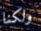
ولكنا